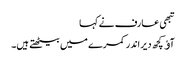
تبھی عارف نے کہا
آﺅ کچھ دیر اندر کمرے میں بیٹھتے ہیں۔